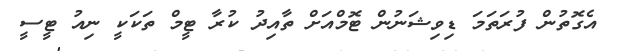
އެގޮތުން ފުރަތަމަ ޑިވިޝަނުން ޓޮމްއަށް ތާއިދު ކުރާ ޓީމް ތަކަކީ ނިއު ޓީސީ